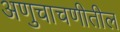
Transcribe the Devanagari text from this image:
अणुचाचणीतील